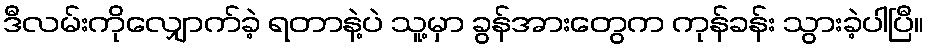
ဒီလမ်းကိုလျှောက်ခဲ့ ရတာနဲ့ပဲ သူ့မှာ ခွန်အားတွေက ကုန်ခန်း သွားခဲ့ပါပြီ။